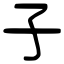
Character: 子